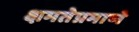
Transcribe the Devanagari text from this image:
क्षमतेप्रमाणे